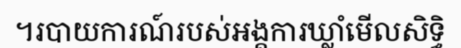
។របាយការណ៍របស់អង្គការឃ្លាំមើលសិទ្ធិ